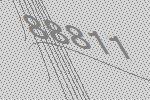
88811